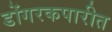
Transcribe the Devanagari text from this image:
डोंगरकपारीत